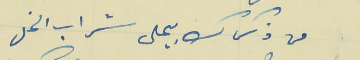
من ذكرك بيحلى شراب الخل